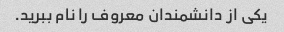
یکی از دانشمندان معروف را نام ببرید.